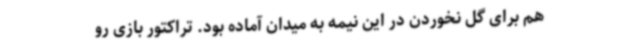
هم برای گل نخوردن در این نیمه به میدان آماده بود. تراکتور بازی رو